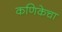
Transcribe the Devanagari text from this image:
कणिकेचा